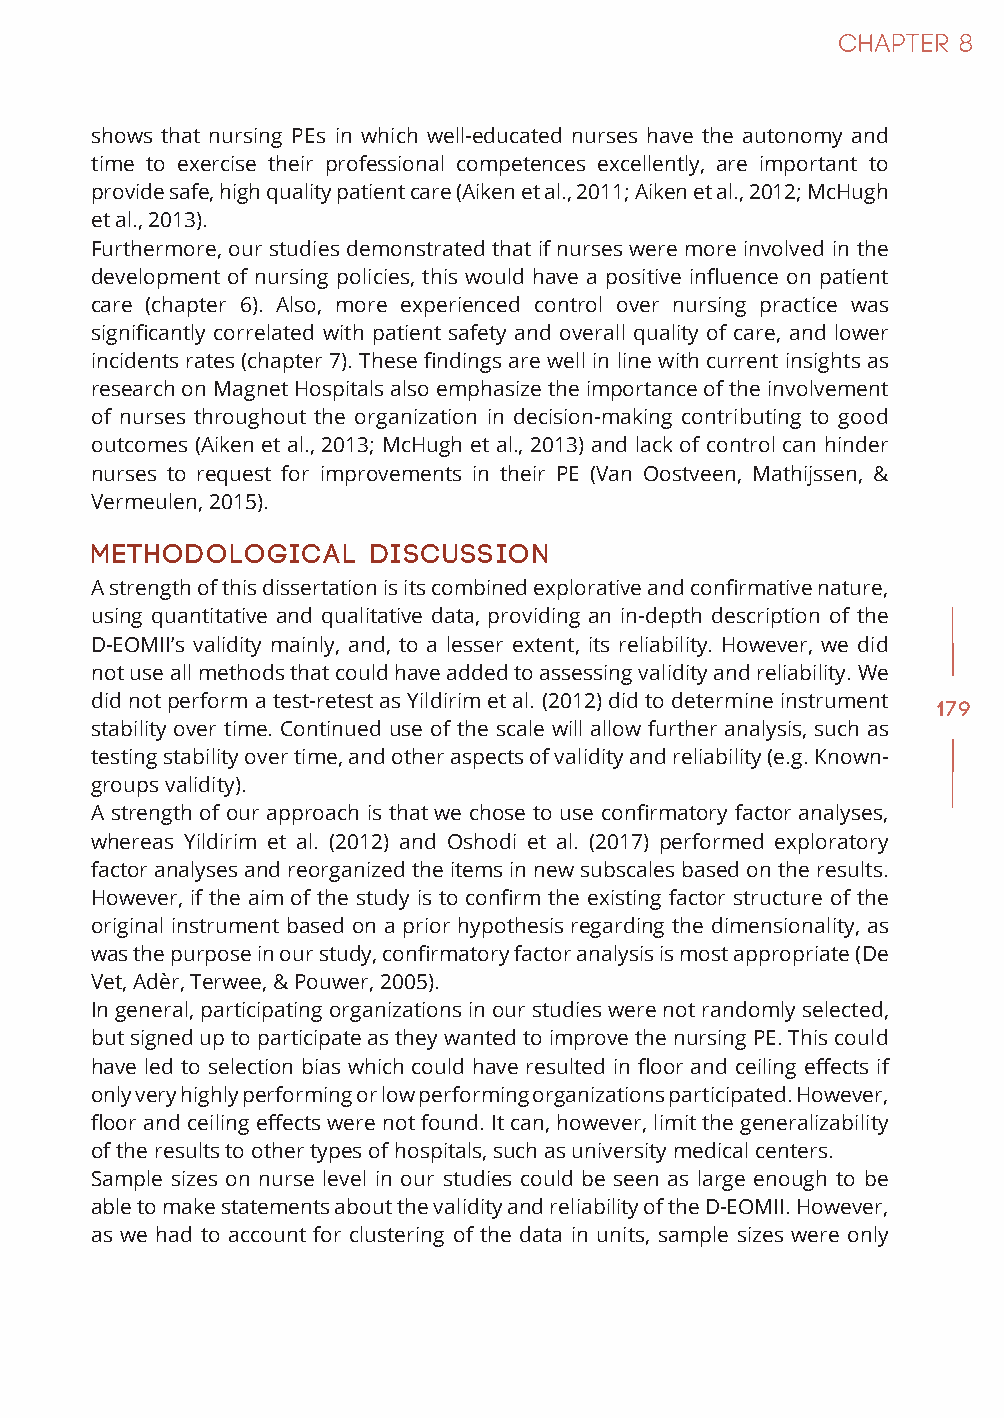
shows that nursing PEs in which well-educated nurses have the autonomy and
 time to exercise their professional competences excellently, are important to
 provide safe, high quality patient care (Aiken et al., 2011; Aiken et al., 2012; McHugh
 et al., 2013).
 Furthermore, our studies demonstrated that if nurses were more involved in the
 development of nursing policies, this would have a positive influence on patient
 care (chapter 6). Also, more experienced control over nursing practice was
 significantly correlated with patient safety and overall quality of care, and lower
 incidents rates (chapter 7). These findings are well in line with current insights as
 research on Magnet Hospitals also emphasize the importance of the involvement
 of nurses throughout the organization in decision-making contributing to good
 outcomes (Aiken et al., 2013; McHugh et al., 2013) and lack of control can hinder
 nurses to request for improvements in their PE (Van Oostveen, Mathijssen, &
 Vermeulen, 2015).
 Methodological     discussion
 A strength of this dissertation is its combined explorative and confirmative nature,
 using quantitative and qualitative data, providing an in-depth description of the
 D-EOMII’s validity mainly, and, to a lesser extent, its reliability. However, we did
 not use all methods that could have added to assessing validity and reliability. We
 did not perform a test-retest as Yildirim et al. (2012) did to determine instrument
 179
 stability over time. Continued use of the scale will allow further analysis, such as
 testing stability over time, and other aspects of validity and reliability (e.g. Known-
 groups validity).
 A strength of our approach is that we chose to use confirmatory factor analyses,
 whereas Yildirim et al. (2012) and Oshodi et al. (2017) performed exploratory
 factor analyses and reorganized the items in new subscales based on the results.
 However, if the aim of the study is to confirm the existing factor structure of the
 original instrument based on a prior hypothesis regarding the dimensionality, as
 was the purpose in our study, confirmatory factor analysis is most appropriate (De
 Vet, Adèr, Terwee, & Pouwer, 2005).
 In general, participating organizations in our studies were not randomly selected,
 but signed up to participate as they wanted to improve the nursing PE. This could
 have led to selection bias which could have resulted in floor and ceiling effects if
 only very highly performing or low performing organizations participated. However,
 floor and ceiling effects were not found. It can, however, limit the generalizability
 of the results to other types of hospitals, such as university medical centers.
 Sample sizes on nurse level in our studies could be seen as large enough to be
 able to make statements about the validity and reliability of the D-EOMII. However,
 as we had to account for clustering of the data in units, sample sizes were only